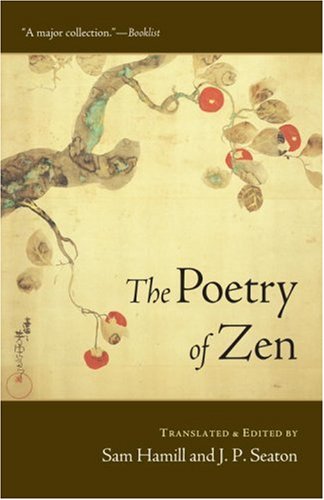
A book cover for The Poetry of Zen; Literature & Fiction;